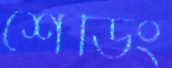
শেডিং